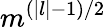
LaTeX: m^{(|l|-1)/2}